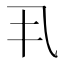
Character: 丮